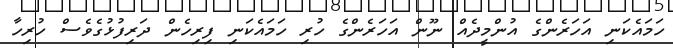
ހަމައެކަނި އަހަރެންގެ އުންމީދެއް ނޫން އަހަރެންގެ ހުރި ހަމައެކަނި ފިރިހެން ދަރިފުޅުގެވެސް ހުރިހާ